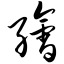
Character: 绘